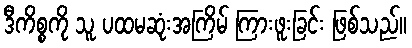
ဒီကိစ္စကို သူ ပထမဆုံးအကြိမ် ကြားဖူးခြင်း ဖြစ်သည်။